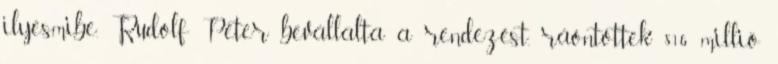
ilyesmibe. Rudolf Péter bevállalta a rendezést, ráöntöttek 816 millió